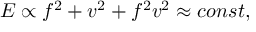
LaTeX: { \cal E } \propto f ^ { 2 } + v ^ { 2 } + f ^ { 2 } v ^ { 2 } \approx c o n s t ,